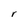
Character: r